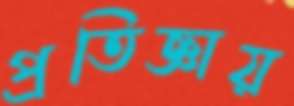
প্রতিজ্ঞায়